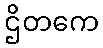
ဌိတကေ